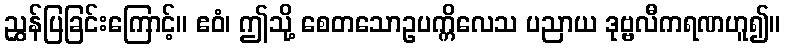
ညွှန်ပြခြင်းကြောင့်။ ဧဝံ၊ ဤသို့ စေတသောဥပက္ကိလေသ ပညာယ ဒုဗ္ဗလီကရဏဟူ၍။